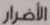
الأضرار